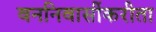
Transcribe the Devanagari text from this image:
वननिवासींकरीता